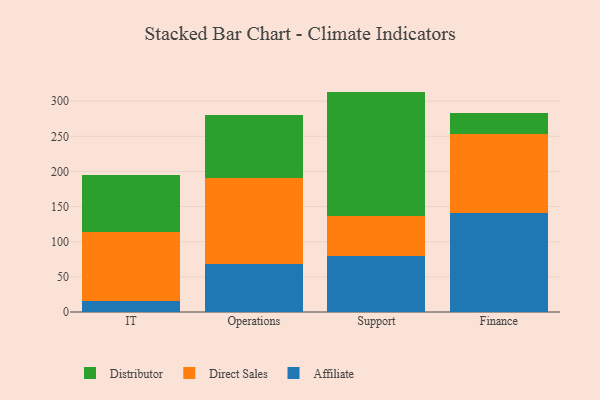
{"axis": {"x": "Department", "y": "Conversion Rate (%)"}, "legend": ["Affiliate", "Direct Sales", "Distributor"], "data": [{"x": "IT", "y": 16.3, "type": "Affiliate"}, {"x": "IT", "y": 97.5, "type": "Direct Sales"}, {"x": "IT", "y": 81.2, "type": "Distributor"}, {"x": "Operations", "y": 68.2, "type": "Affiliate"}, {"x": "Operations", "y": 122.4, "type": "Direct Sales"}, {"x": "Operations", "y": 89.3, "type": "Distributor"}, {"x": "Support", "y": 79.3, "type": "Affiliate"}, {"x": "Support", "y": 57.4, "type": "Direct Sales"}, {"x": "Support", "y": 176.9, "type": "Distributor"}, {"x": "Finance", "y": 140.3, "type": "Affiliate"}, {"x": "Finance", "y": 112.6, "type": "Direct Sales"}, {"x": "Finance", "y": 29.9, "type": "Distributor"}]}